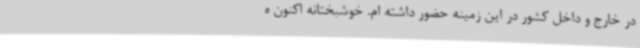
در خارج و داخل کشور در این زمینه حضور داشته ام. خوشبختانه اکنون ه